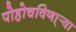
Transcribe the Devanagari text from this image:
पोहोचविणा्र्‍या